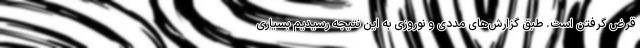
قرض گرفتن است. طبق گزارش‌های مددی و نوروزی به این نتیجه رسیدیم بسیاری